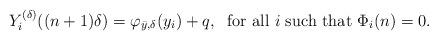
LaTeX: \begin{align*}Y_i^{ (\delta ) } ((n+1) \delta ) = \varphi_{ \bar y , \delta } ( y_i ) + q , \; \mbox{ for all $ i $ such that $ \Phi_i(n) = 0 .$}\end{align*}